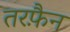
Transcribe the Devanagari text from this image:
तरफै़न